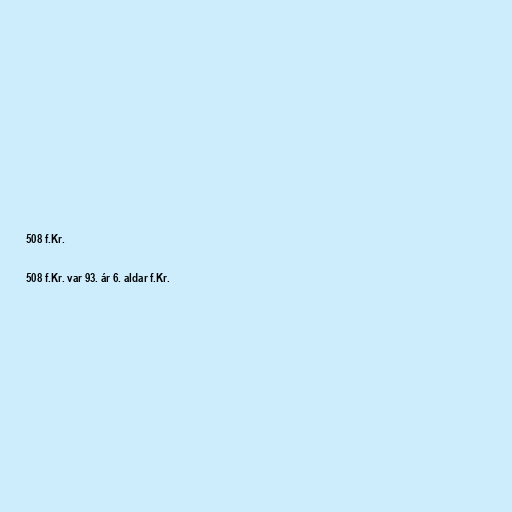
508 f.Kr.

508 f.Kr. var 93. ár 6. aldar f.Kr.